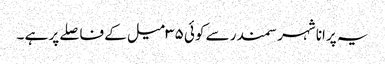
یہ پرانا شہر سمندر سے کوئی ۳۵ میل کے فاصلے پر ہے ۔